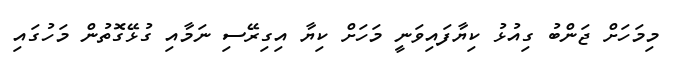
މިމަހަށް ޖަންބު ގިއުޅު ކިޔާފައިވަނީ މަހަށް ކިޔާ އިގިރޭސި ނަމާއި ގުޅޭގޮތުން މަހުގައި